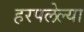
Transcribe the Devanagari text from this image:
हरपलेल्या